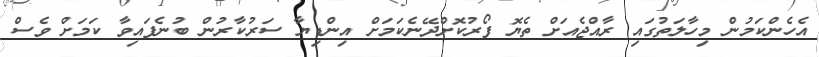
އެހެންކަމުން މިހާލަތުގައި ރާއްޖެއަށް ތެޔޮ ފޯރުކޮށްދޭނެކަމަށް އިންޑިޔާ ސަރުކާރުން ބުނެފައިވާ ކަމަށް ވެސް